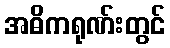
အဓိကရုဏ်းတွင်